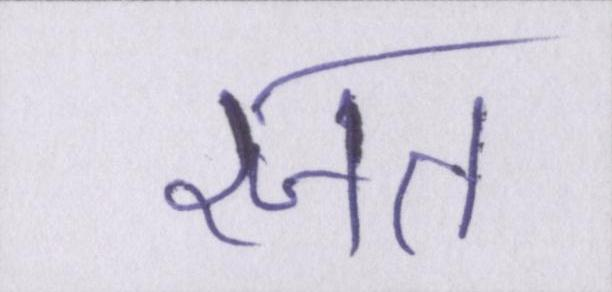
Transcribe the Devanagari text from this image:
रजत